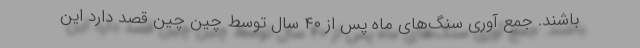
باشند. جمع آوری سنگ‌های ماه پس از ۴۰ سال توسط چین چین قصد دارد این